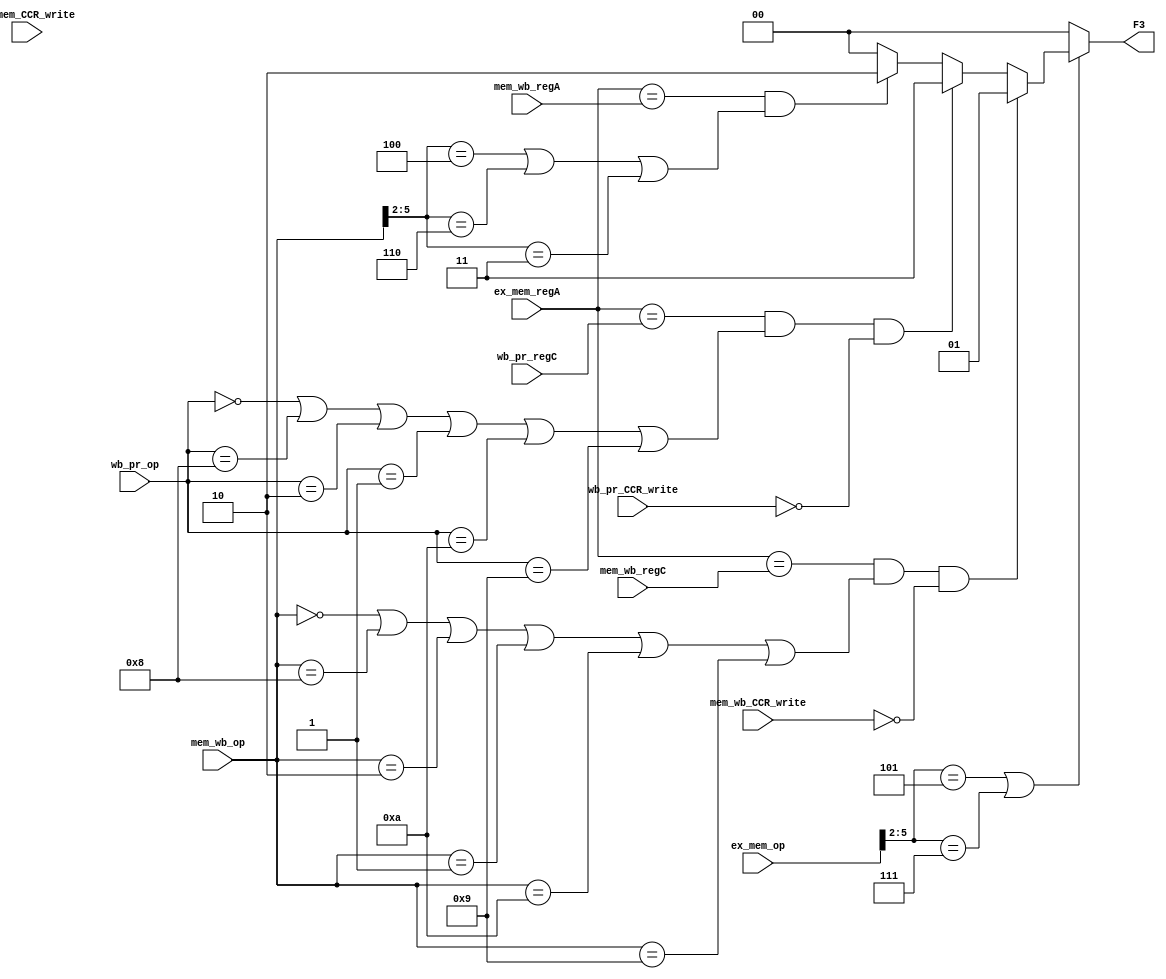
module forward_memory_stage(wb_pr_CCR_write,wb_pr_op,wb_pr_regC,mem_wb_op,mem_wb_regA,mem_wb_regC,ex_mem_op,ex_mem_regA,F3,mem_wb_CCR_write,ex_mem_CCR_write);


	parameter ADD = 6'b000000;
	parameter NDU = 6'b001000;
	parameter ADC = 6'b000010;
	parameter ADZ = 6'b000001;
	parameter ADI = 4'b0001;
	parameter NDC = 6'b001010;
	parameter NDZ = 6'b001001;
	parameter LHI = 4'b0011;
	parameter LW  = 4'b0100;
	parameter SW  = 4'b0101;
	parameter LM  = 4'b0110;
	parameter SM  = 4'b0111;
	parameter BEQ = 4'b1100;
	parameter JAL = 4'b1000;
	parameter JLR = 4'b1001;

	input [2:0] mem_wb_regA,mem_wb_regC,ex_mem_regA,wb_pr_regC;
	input [5:0]	mem_wb_op,ex_mem_op,wb_pr_op;
	input 		mem_wb_CCR_write,ex_mem_CCR_write,wb_pr_CCR_write;
	output reg [1:0]	F3;

	always @(*)
	begin
		if(ex_mem_op[5:2]==SW||ex_mem_op[5:2]==SM)
			begin
				if((ex_mem_regA == mem_wb_regC)&&(mem_wb_op==ADD||mem_wb_op==NDU||mem_wb_op==ADC||mem_wb_op==ADZ||mem_wb_op==NDC||mem_wb_op==NDZ)&&(mem_wb_CCR_write==1'b0)) begin
					F3 = 2'd1;				
				end else if((ex_mem_regA == wb_pr_regC)&&(wb_pr_op==ADD||wb_pr_op==NDU||wb_pr_op==ADC||wb_pr_op==ADZ||wb_pr_op==NDC||wb_pr_op==NDZ)&&(wb_pr_CCR_write==1'b0)) begin
					F3=2'd3;
				end else if((ex_mem_regA==mem_wb_regA)&&(mem_wb_op[5:2]==LW||mem_wb_op[5:2]==LM||mem_wb_op[5:2]==LHI)) begin
					F3 = 2'd2;
				end else begin	
					F3 = 2'b0;
				end 
			end
		
		else begin
			F3 = 2'b0;
		end
	end
	
endmodule